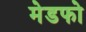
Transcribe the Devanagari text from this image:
मेडफो